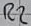
Text: R2